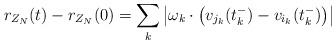
LaTeX: \begin{align*}r_{Z_N} (t) - r_{Z_N} (0) = \sum_k \left|\omega_k \cdot\left( v_{j_k} (t_k^-) - v_{i_k} (t_k^-)\right)\right|\end{align*}